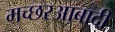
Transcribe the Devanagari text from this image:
मच्छरआबादी